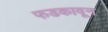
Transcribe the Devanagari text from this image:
फडकावून